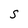
Character: S